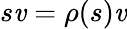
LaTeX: s\mathit{v}=\rho(s)\mathit{v}